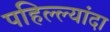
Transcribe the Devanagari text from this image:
पहिल्ल्यांदा